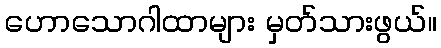
ဟောသောဂါထာများ မှတ်သားဖွယ်။